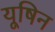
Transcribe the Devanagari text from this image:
यूषिन